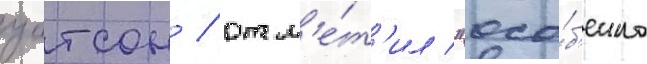
уотсон / отм'е́т'ил "осо́б'енно